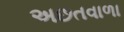
અછતવાળા